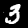
Digit: 3